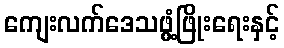
ကျေးလက်ဒေသဖွံ့ဖြိုးရေးနှင့်